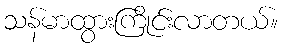
သန်မာထွားကြိုင်းလာတယ်။